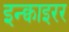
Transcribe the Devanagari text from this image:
इन्क्वाइरर